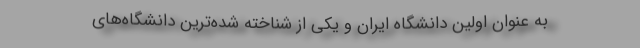
به عنوان اولین دانشگاه ایران و یکی از شناخته شده‌ترین دانشگاه‌های